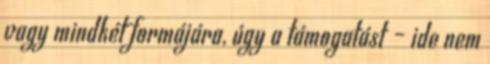
vagy mindkét formájára, úgy a támogatást – ide nem